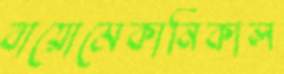
বায়োমেকানিকাল